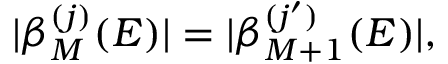
| \beta _ { M } ^ { ( j ) } ( E ) | = | \beta _ { M + 1 } ^ { ( j ^ { \prime } ) } ( E ) | ,